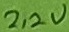
Text: 2,2V